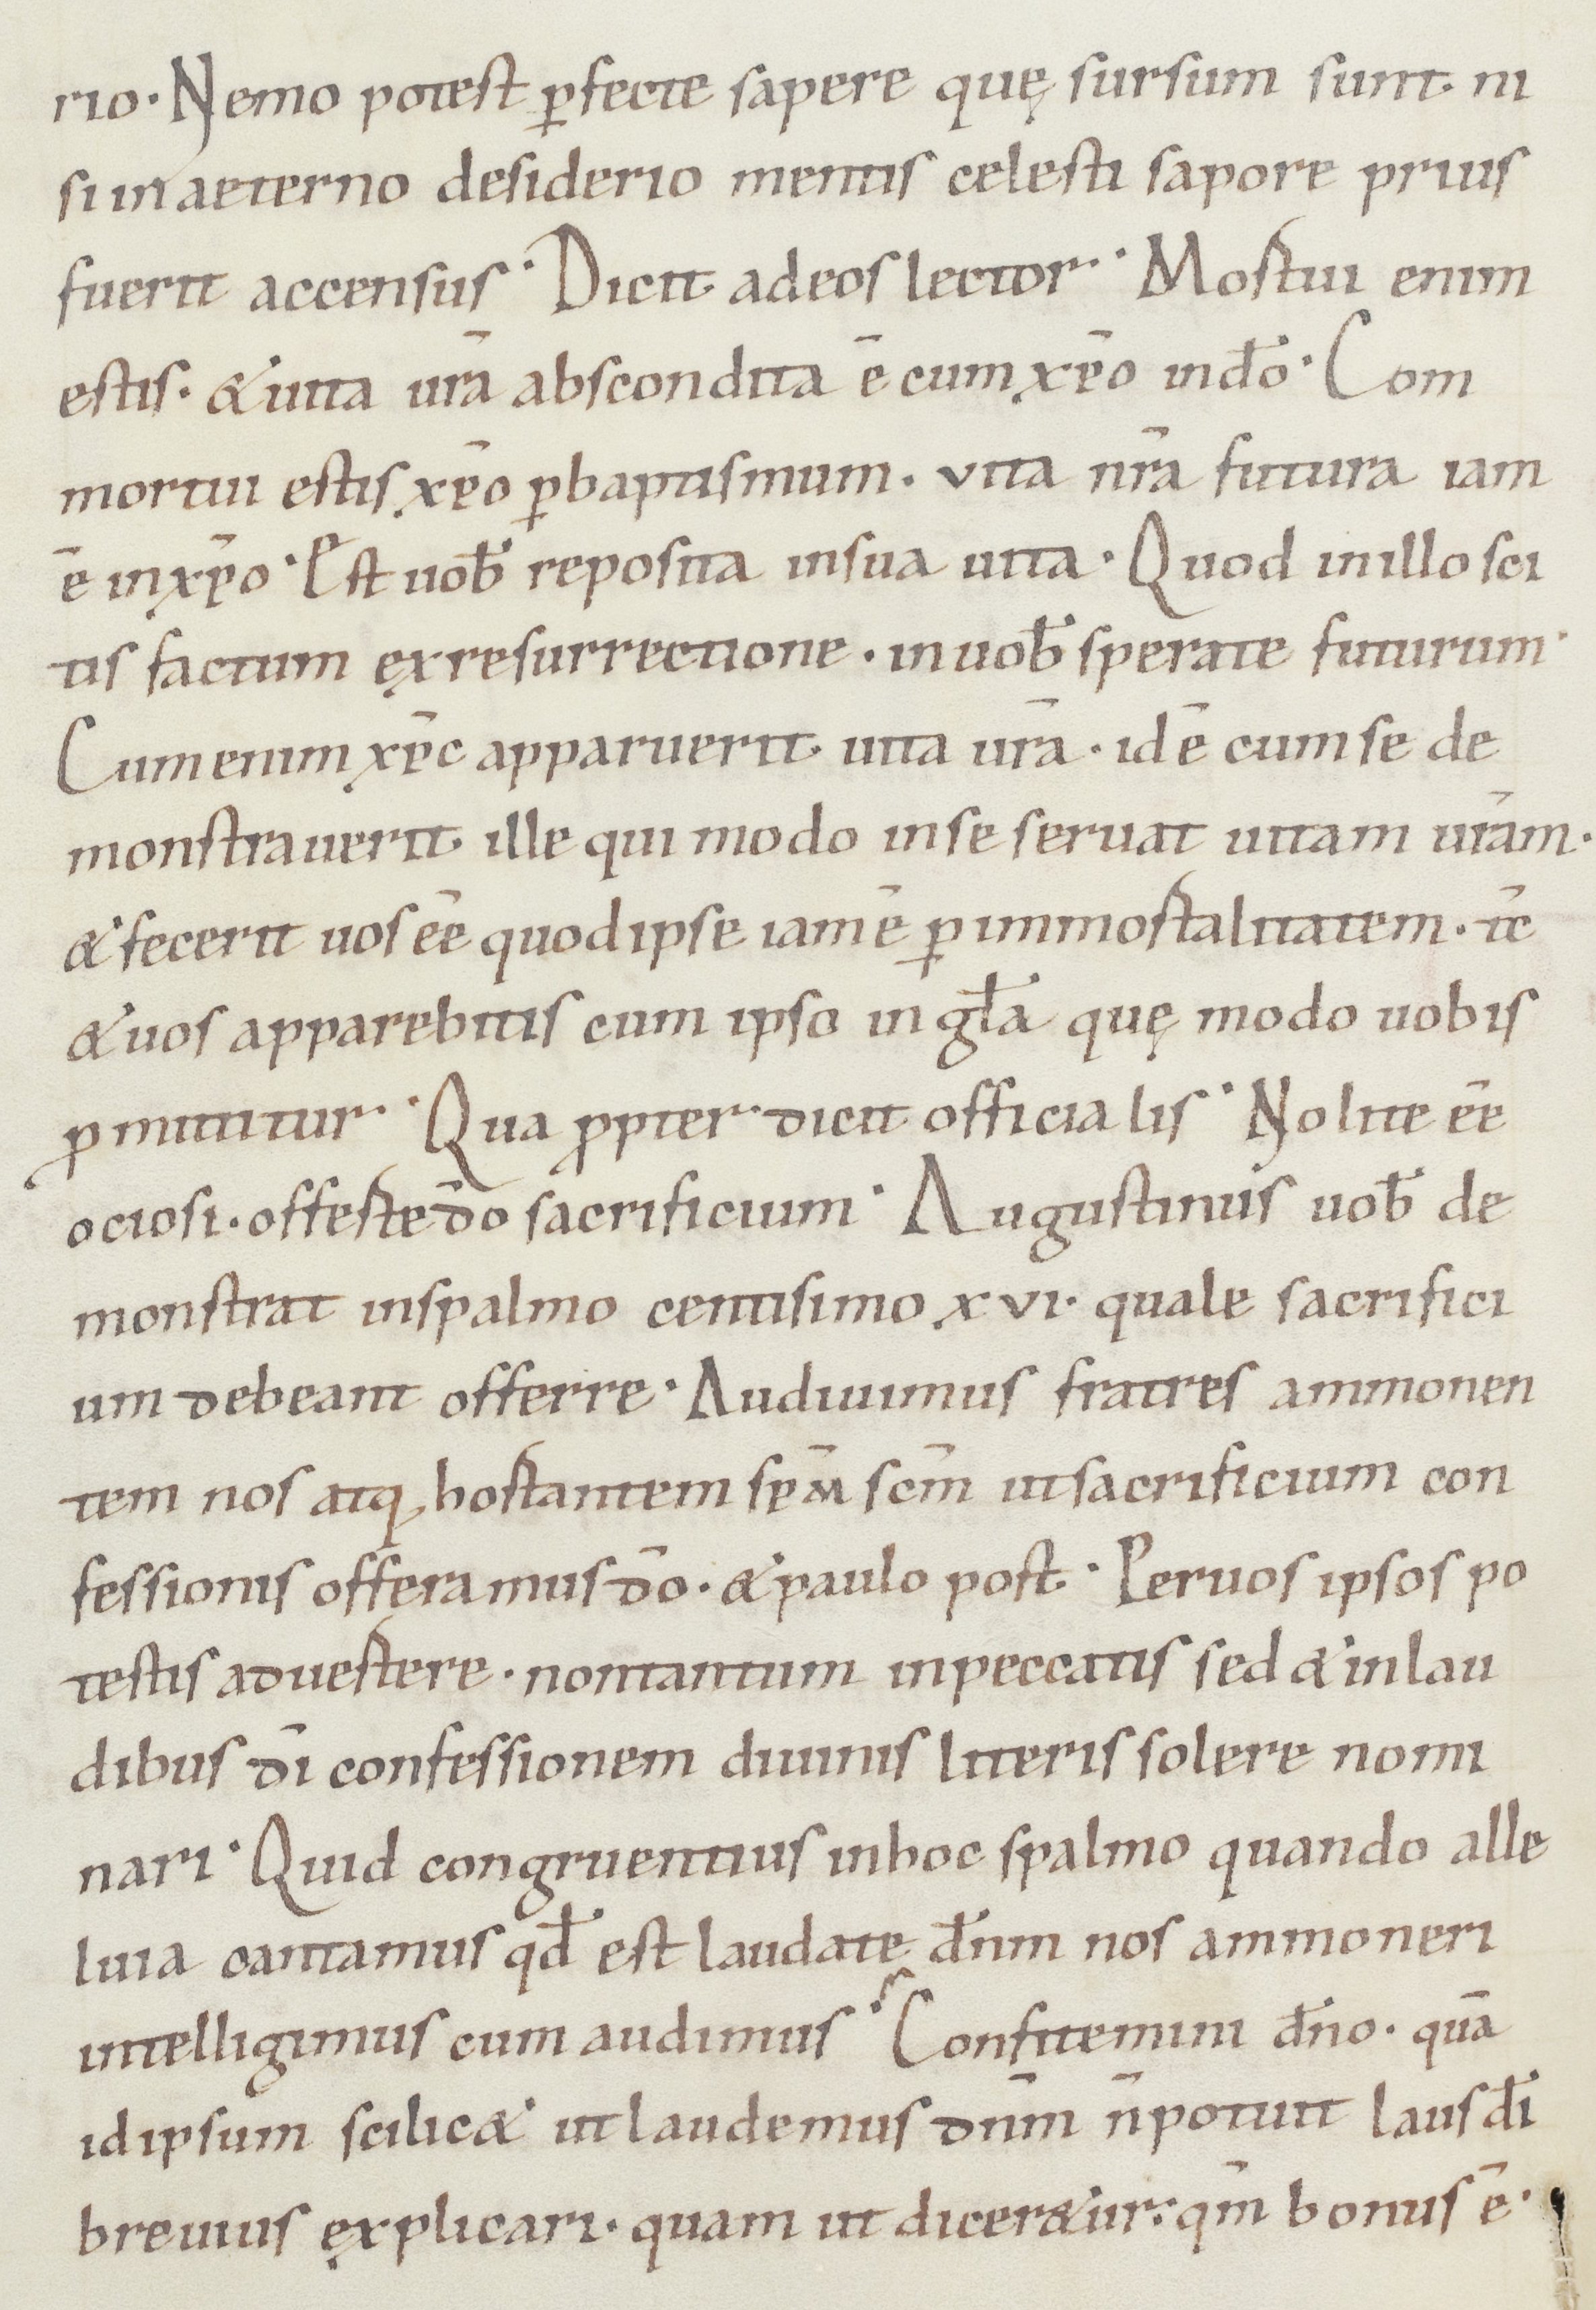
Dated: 1050–1099